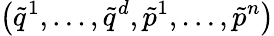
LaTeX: \left(\tilde{q}^{1},\ldots,\tilde{q}^{d},\tilde{p}^{1},\ldots,\tilde{p}^{n}\right)